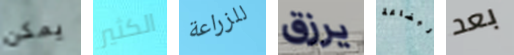
يمكن الكثير للزراعة يرزق البضاعة بعد